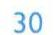
39